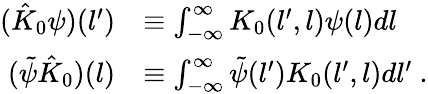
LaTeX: \begin{array}{rl}{(\hat{K}_{0}\psi)(l^{\prime})}&{\equiv\int_{-\infty}^{\infty}K_{0}(l^{\prime},l)\psi(l)dl}\\ {(\tilde{\psi}\hat{K}_{0})(l)}&{\equiv\int_{-\infty}^{\infty}\tilde{\psi}(l^{\prime})K_{0}(l^{\prime},l)dl^{\prime}\ .}\end{array}